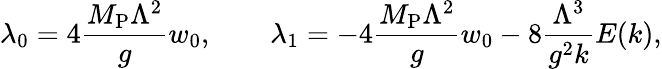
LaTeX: \lambda_{0}=4{\frac{M_{\mathrm{P}}\Lambda^{2}}{g}}w_{0},\qquad\lambda_{1}=-4{\frac{M_{\mathrm{P}}\Lambda^{2}}{g}}w_{0}-8{\frac{\Lambda^{3}}{g^{2}k}}E(k),